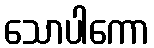
သောပါကော